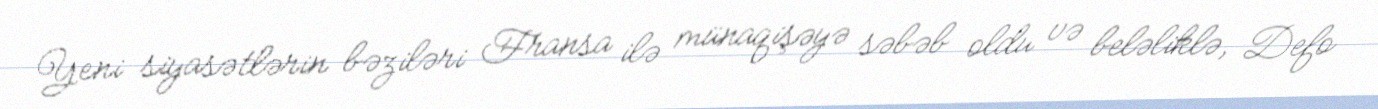
Yeni siyasətlərin bəziləri Fransa ilə münaqişəyə səbəb oldu və beləliklə, Defo